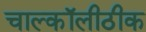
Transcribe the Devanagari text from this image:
चाल्कॉलीठीक